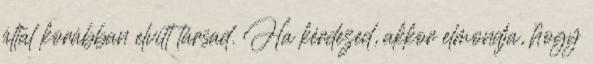
által korábban elvitt társad. Ha kérdezed, akkor elmondja, hogy